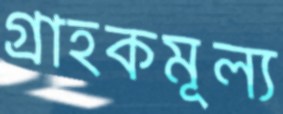
গ্রাহকমূল্য